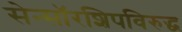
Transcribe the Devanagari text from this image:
सेन्सॉरशिपविरुद्ध